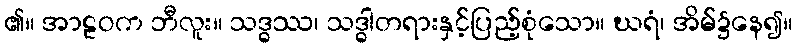
၏။ အာဠဝက ဘီလူး။ သဒ္ဓဿ၊ သဒ္ဓါတရားနှင့်ပြည့်စုံသော။ ဃရံ၊ အိမ်၌နေ၍။